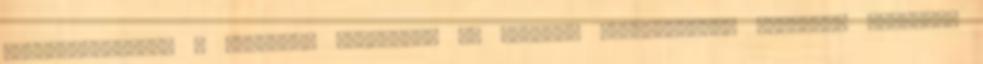
www.prograss.hu A gyerekek szeretik, ha kedvenc mesefiguráik díszítik szobájuk